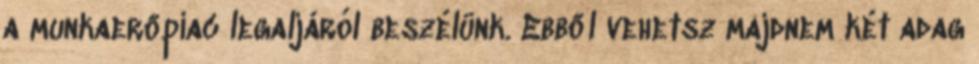
a munkaerőpiac legaljáról beszélünk. Ebből vehetsz majdnem két adag